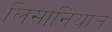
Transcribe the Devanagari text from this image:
लिसानियात